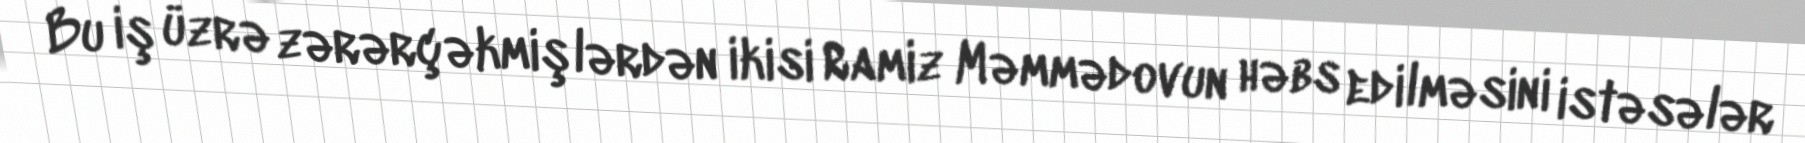
Bu iş üzrə zərərçəkmişlərdən ikisi Ramiz Məmmədovun həbs edilməsini istəsələr